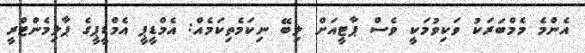
އެންމެ މެމްބަރަކު ވަކިވުމަކީ ވެސް ޕާޓީއަށް ލިބޭ ނިކަމެތިކަމެއް: އެމްޑީޕީ އެމްޑީޕީގެ ޕާލިމެންޓްރީ